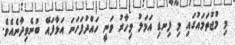
މި މުޖުތަމައުގައި މި ފިނޑި އަމަލު މިހާރު ވަނީ ހައްދުފަހަނަ އަޅާފައޭ ބުނެވިދާނެއެވެ.